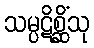
သမ္ပဋိစ္ဆိံသု